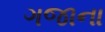
ગજાના